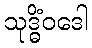
သုဒ္ဓိံဝဒေါ